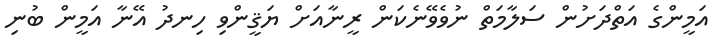
އަމީންގެ އަތްދަށުން ސަލާމަތް ނުވެވޭނެކަން ރީނާއަށް ޔަޤީންވި ހިނދު އޭނާ އަމީން ބުނި